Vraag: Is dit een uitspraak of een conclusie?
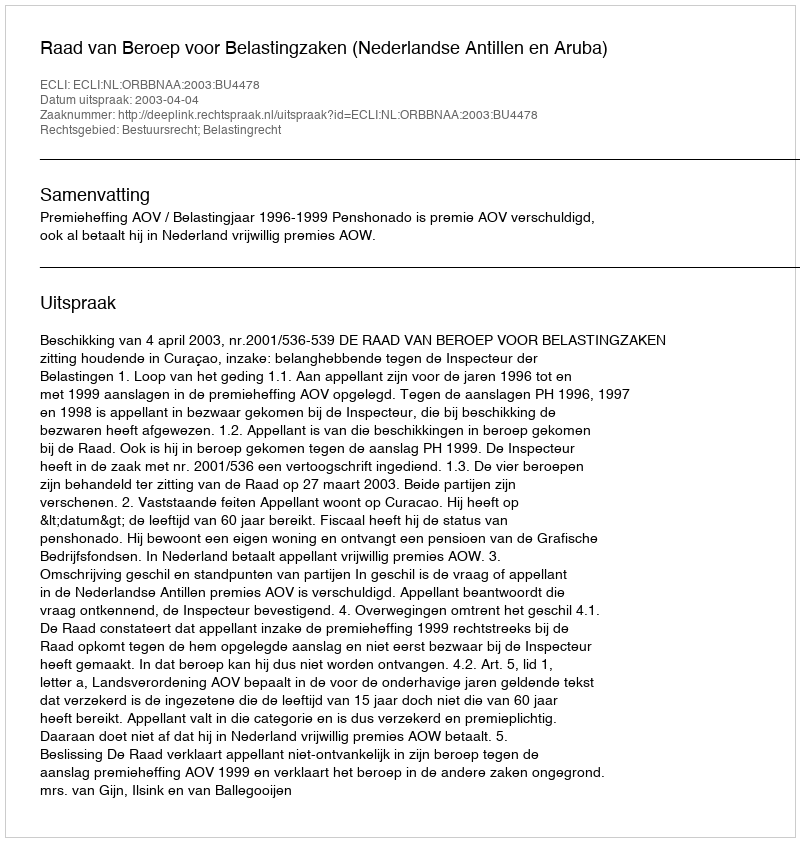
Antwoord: Uitspraak